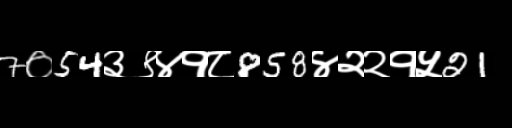
Text: 7०54३९४१८858४२२१५21